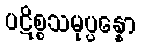
ပဋိစ္စသမုပ္ပန္နော